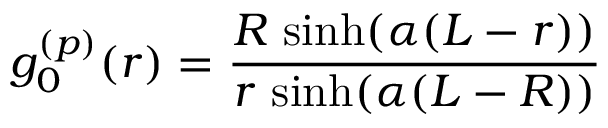
g _ { 0 } ^ { ( p ) } ( r ) = \frac { R \, \sinh ( \alpha ( L - r ) ) } { r \, \sinh ( \alpha ( L - R ) ) }